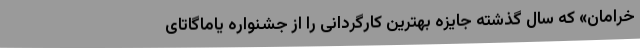
خرامان» که سال گذشته جایزه بهترین کارگردانی را از جشنواره یاماگاتای